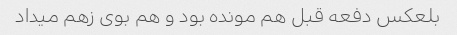
بلعکس دفعه قبل هم مونده بود و هم بوی زهم میداد